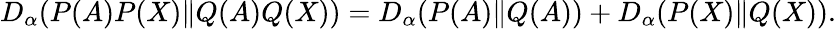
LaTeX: D_{\alpha}(P(A)P(X)\| Q(A)Q(X))=D_{\alpha}(P(A)\| Q(A))+D_{\alpha}(P(X)\| Q(X)).